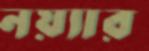
নয়্যার